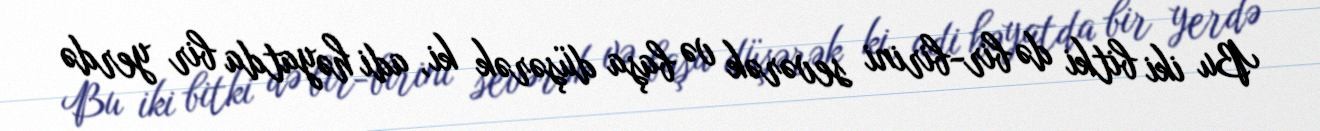
Bu iki bitki də bir-birini sevərək və başa düşərək ki, adi həyatda bir yerdə